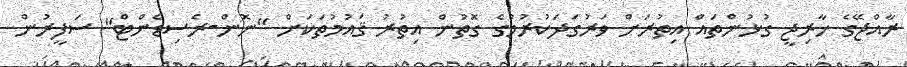
ރާއްޖޭގެ ޚާރިޖީ ގުޅުންތައް އިތުރަށް ވަރުގަދަކުރުމުގެ ގޮތުން އިތުރު ޤައުމުތަކަށް "ނޮން-ރެސިޑެންޓް" ސަފީރުން